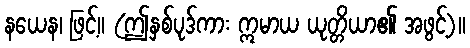
နယေန၊ ဖြင့်။ (ဤနှစ်ပုဒ်ကား ဣမာယ ယုတ္တိယာ၏ အဖွင့်)။